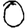
Digit: 0